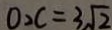
0 > C = 3 \sqrt { 2 }